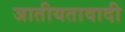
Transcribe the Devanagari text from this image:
जातीयतावादी